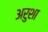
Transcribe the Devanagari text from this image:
अरुशा